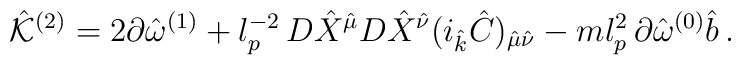
{\hat {\cal K}}^{(2)}=2\partial {\hat \omega}^{(1)}+l_p^{-2} \, D{\hat X}^{\hat \mu}D{\hat X}^{\hat \nu}(i_{\hat k}{\hat C})_{{\hat \mu}{\hat \nu}}-m l_p^2 \, \partial{\hat \omega}^{(0)}{\hat b}  \, .